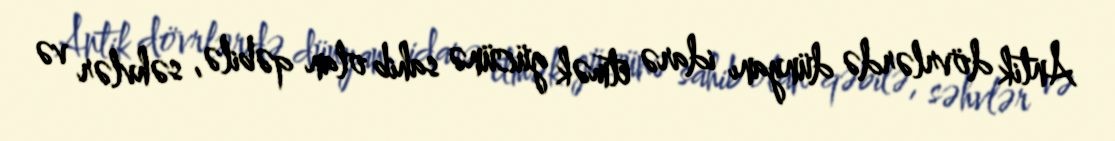
Antik dövrlərdə dünyanı idarə etmək gücünə sahib olan qəbilə, səhvlər və